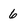
Character: 6